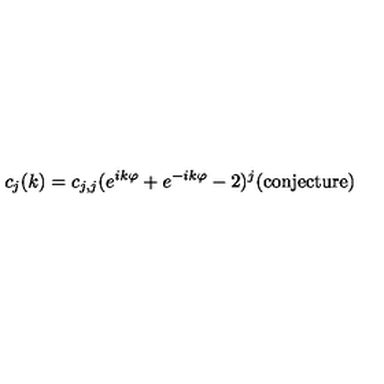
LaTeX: c _ { j } ( k ) = c _ { j , j } ( e ^ { i k \varphi } + e ^ { - i k \varphi } - 2 ) ^ { j } \mathrm { ( c o n j e c t u r e ) }